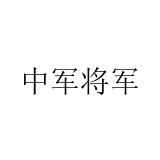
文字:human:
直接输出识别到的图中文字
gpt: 中军将军